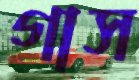
গাস